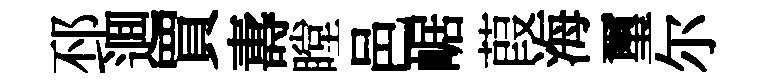
邳逥買夀瞠邑崌葭海璽尔